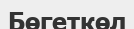
Бөгеткөл